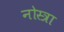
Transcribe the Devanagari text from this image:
नोस्त्रा